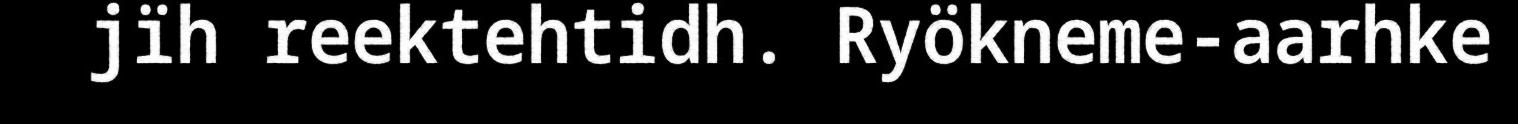
jïh reektehtidh. Ryökneme-aarhke